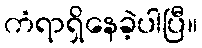
ကံရာရှိနေခဲ့ပါပြီ။